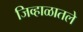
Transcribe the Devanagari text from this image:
जिव्हाळातले